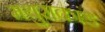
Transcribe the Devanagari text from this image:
मथुराकांड